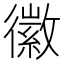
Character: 徽